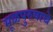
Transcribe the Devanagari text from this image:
मूळपुरुषाचे